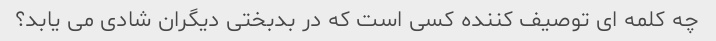
چه کلمه ای توصیف کننده کسی است که در بدبختی دیگران شادی می یابد؟